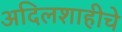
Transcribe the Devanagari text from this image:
अदिलशाहीचे